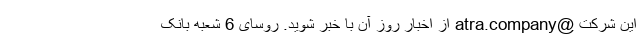
این شرکت @atra.company از اخبار روز آن با خبر شوید. روسای 6 شعبه بانک